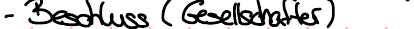
- Beschluss (Gesellschafter)